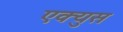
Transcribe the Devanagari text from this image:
एक्युस